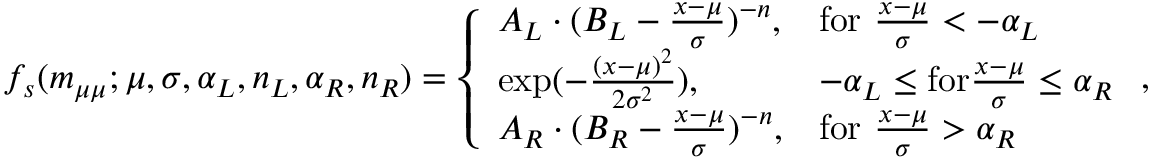
f _ { s } ( \ensuremath { m _ { \mu \mu } } ; \mu , \sigma , \alpha _ { L } , n _ { L } , \alpha _ { R } , n _ { R } ) = \left\{ \begin{array} { l l } { A _ { L } \cdot ( B _ { L } - \frac { x - \mu } { \sigma } ) ^ { - n } , } & { \mathrm { f o r ~ } \frac { x - \mu } { \sigma } < - \alpha _ { L } } \\ { \exp ( - \frac { ( x - \mu ) ^ { 2 } } { 2 \sigma ^ { 2 } } ) , } & { - \alpha _ { L } \leq \mathrm { f o r } \frac { x - \mu } { \sigma } \leq \alpha _ { R } } \\ { A _ { R } \cdot ( B _ { R } - \frac { x - \mu } { \sigma } ) ^ { - n } , } & { \mathrm { f o r ~ } \frac { x - \mu } { \sigma } > \alpha _ { R } } \end{array} \right. ,